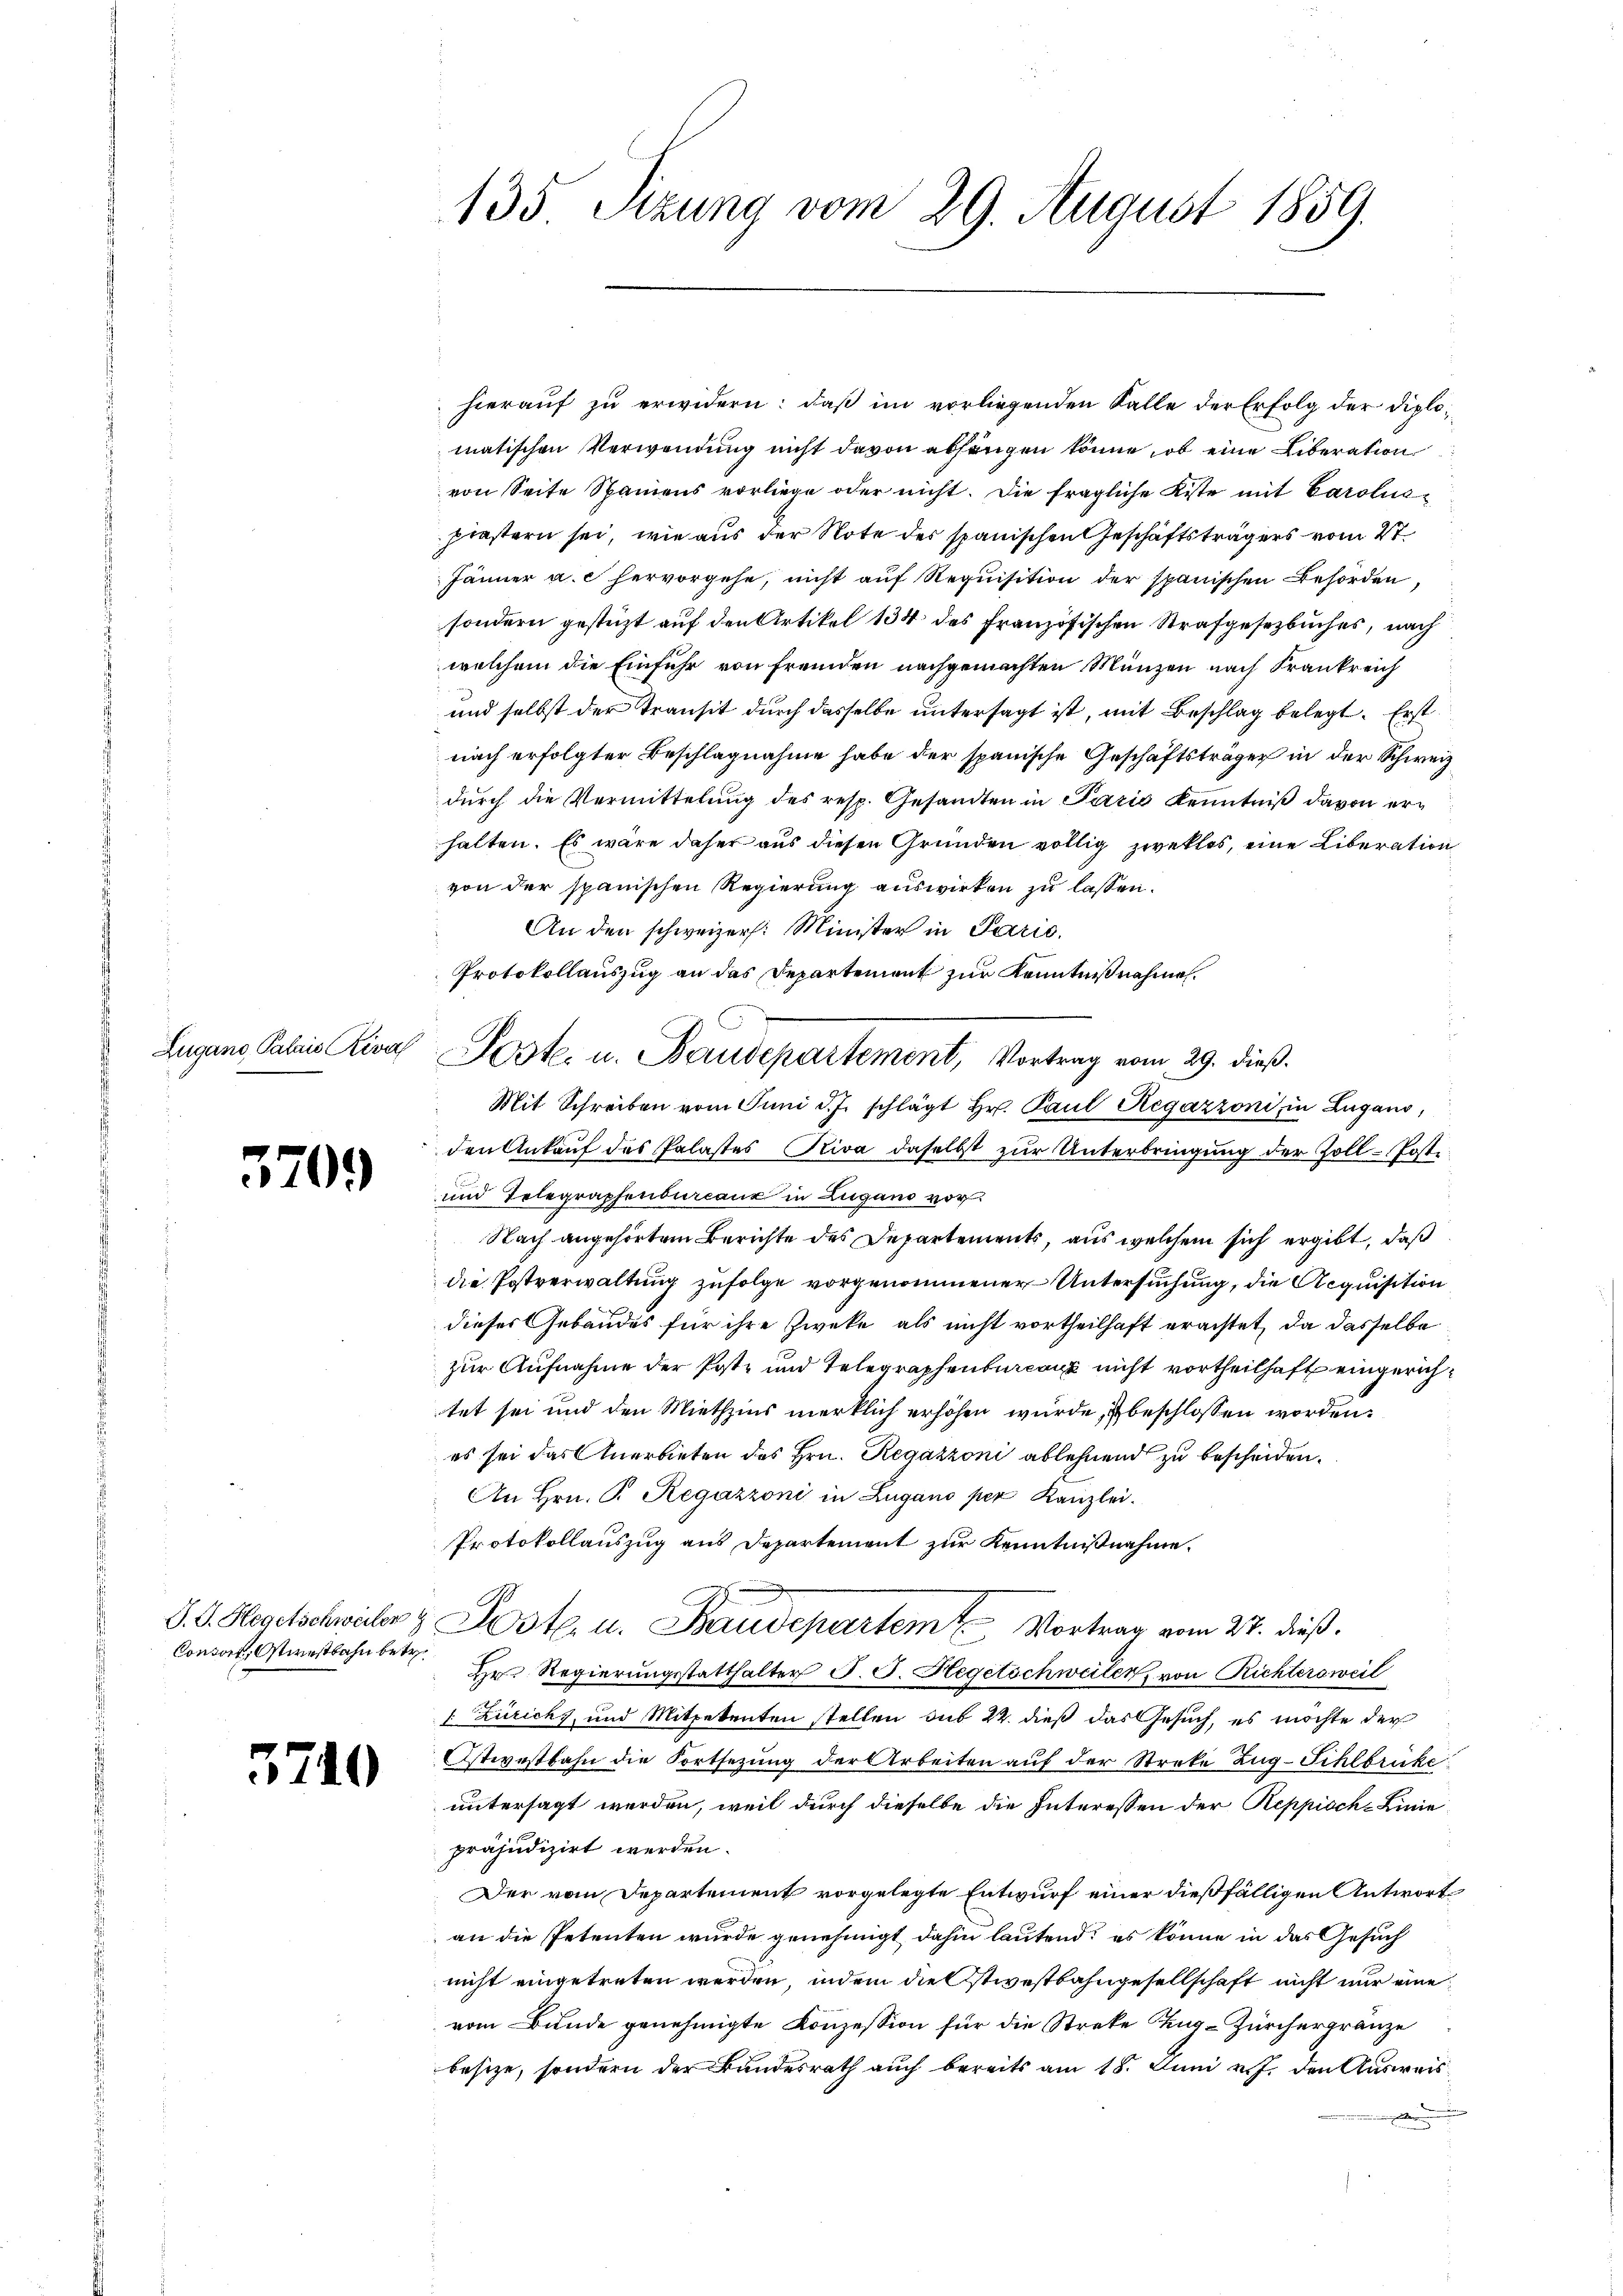
3709

Consort, Ostwestbahn betr.

3740

hierauf zu erwidern: daß im vorliegenden Falle der Erfolg der Diplomatischen Verwendung nicht davon abhangen könne, ob eine Liberation
von Seite Spaniens vorliege oder nicht. Die fragliche Kiste mit Caroliaprastern sei, wie aus der Note des spanischen Geschäftsträgers vom 27.
Jänner a. c. hervorgehe, nicht auf Requisition der spanischen Behörden,
sondern gestützt auf den Artikel 134 des französischen Strafgesetzbuches, nach
welchem die Einfuhr von fremden nachgemachten Münzen nach Frankreich
und selbst der Transit durch dasselbe untersagt ist, mit Beschlag belegt. Erst
nach erfolgter Beschlagnahme habe der spanische Geschäftsträger in der Schweiz
durch die Vermittelung des resp. Gesandten in Paris Kenntniß davon erhalten. Es wäre daher aus diesen Gründen völlig zweklos, eine Liberation
von der spanischen Regierung auswirken zu lassen.
An den schweizer. Minister in Paris.
Protokollauszug an das Departement zur Kenntnißnahmen.
Mit Schreiben vom Juni d.J. schlägt Hr. Paul Regazzoni, in Lugano,
den Ankauf des Palastes Riva daselbst zur Unterbringung der Zoll-Post¬
und Telegraphenbureaux in Lugano vor.
Nach angehörten Berichte des Departements, aus welchem sich ergibt, daß
die Postverwaltung zufolge vorgenommener Untersuchung, die Acquisition
dieses Gebäudes für ihre Zweke als nicht vortheilhaft erachtet, da dasselbe
zur Aufnahme der Postz und Telegraphenburcanz nicht vortheilhaft eingerichtet sei und den Miethzins merklich erhöhen wurde, ist beschlossen worden,
es sei das Anerbieten des Hrn. Regazzoni ablehnend zu bescheiden.
An Hrn. P. Regazzoni in Zugano per Kanzlei.
Protokollauszug aus Departement zur Kenntnißnahme.
S. C. Hegetschwaber z. Poste. u. Traudepartem Vortrag vom 27. dieß.
Hr. Regierŭngsstatthalter J. J. Hegetschweiler, von Richtersweil
 Zürichs, und Mitpetenten stellen sub 22. dieß das Gesuch, es möchte der
Ostwestbahn die Fortsetzung der Arbeiten auf der Streke Zug-Sihlbrüke
untersagt werden, weil durch dieselbe die Interessen der Reppische Linie
präjudizirt werden.
Der vom Departement vorgelegte Entwurf einer dießfälligen Antwort
an die Petenten wurde genehmigt dahin lautend; es könne in das Gesuch
nicht eingetreten werden, indem die stiestbahngesellschaft nicht nur eine
vom Bunde genehmigte Konzession für die Streke Ang-Zürchergränze
besitze, sondern der Bundesrath auch bereits am 18. Juni v. J. den Ausweise

135 Sizung vom 29. August 1859

Lugano, Palais Riva Poster u. Baudepartement, Vortrag vom 29. dieβ.